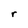
Character: r